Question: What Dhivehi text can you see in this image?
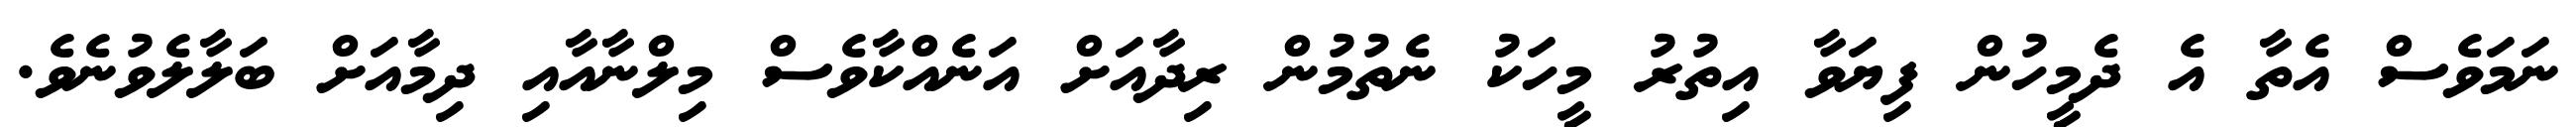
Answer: ނަމަވެސް އެތާ އެ ދެމީހުން ފިޔަވާ އިތުރު މީހަކު ނެތުމުން ރިދާއަށް އަނެއްކާވެސް މިލްނާއާއި ދިމާއަށް ބަލާލެވުނެވެ.